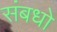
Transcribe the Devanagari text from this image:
संबधो